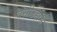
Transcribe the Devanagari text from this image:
वसीउद्दीन